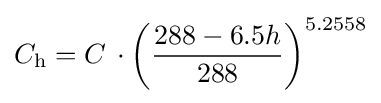
C_{\mathrm {h} }=C\,\cdot {\bigg (}{\frac {288-6.5h}{288}}{\bigg )}^{5.2558}